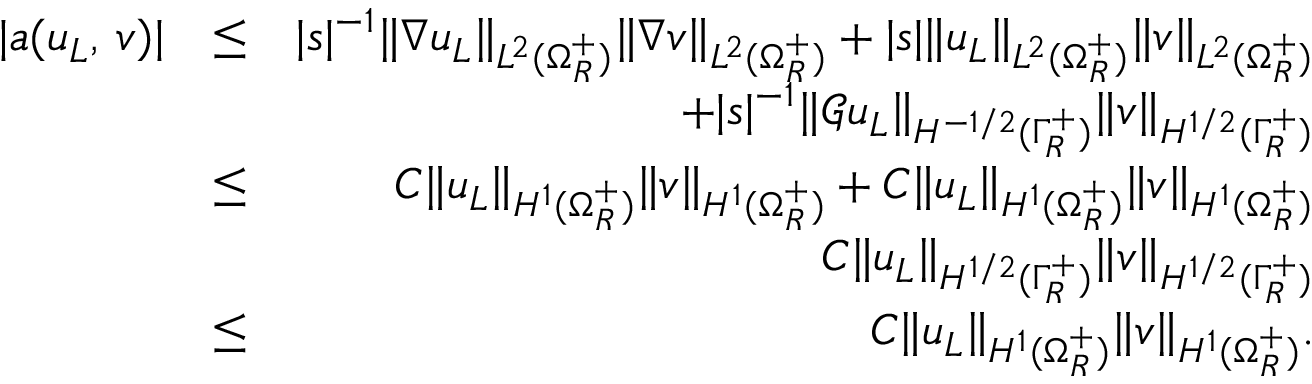
\begin{array} { r l r } { | a ( u _ { L } , \, v ) | } & { \leq } & { | s | ^ { - 1 } \| \nabla u _ { L } \| _ { L ^ { 2 } ( \Omega _ { R } ^ { + } ) } \| \nabla v \| _ { L ^ { 2 } ( \Omega _ { R } ^ { + } ) } + | s | \| u _ { L } \| _ { L ^ { 2 } ( \Omega _ { R } ^ { + } ) } \| v \| _ { L ^ { 2 } ( \Omega _ { R } ^ { + } ) } } \\ & { } & { + | s | ^ { - 1 } \| \mathscr { G } u _ { L } \| _ { H ^ { - 1 / 2 } ( \Gamma _ { R } ^ { + } ) } \| v \| _ { H ^ { 1 / 2 } ( \Gamma _ { R } ^ { + } ) } } \\ & { \leq } & { C \| u _ { L } \| _ { H ^ { 1 } ( \Omega _ { R } ^ { + } ) } \| v \| _ { H ^ { 1 } ( \Omega _ { R } ^ { + } ) } + C \| u _ { L } \| _ { H ^ { 1 } ( \Omega _ { R } ^ { + } ) } \| v \| _ { H ^ { 1 } ( \Omega _ { R } ^ { + } ) } } \\ & { } & { C \| u _ { L } \| _ { H ^ { 1 / 2 } ( \Gamma _ { R } ^ { + } ) } \| v \| _ { H ^ { 1 / 2 } ( \Gamma _ { R } ^ { + } ) } } \\ & { \leq } & { C \| u _ { L } \| _ { H ^ { 1 } ( \Omega _ { R } ^ { + } ) } \| v \| _ { H ^ { 1 } ( \Omega _ { R } ^ { + } ) } . } \end{array}